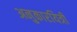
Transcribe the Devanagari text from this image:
अनुकारयित्री